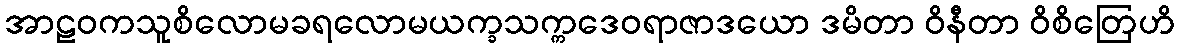
အာဠဝကသူစိလောမခရလောမယက္ခသက္ကဒေဝရာဇာဒယော ဒမိတာ ဝိနီတာ ဝိစိတြေဟိ